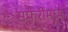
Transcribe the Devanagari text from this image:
सफरींमध्ये